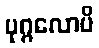
ပုဂ္ဂလောပိ